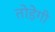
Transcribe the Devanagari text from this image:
तोड़ेगी